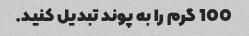
100 گرم را به پوند تبدیل کنید.